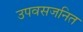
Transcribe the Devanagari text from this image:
उपवसजनित